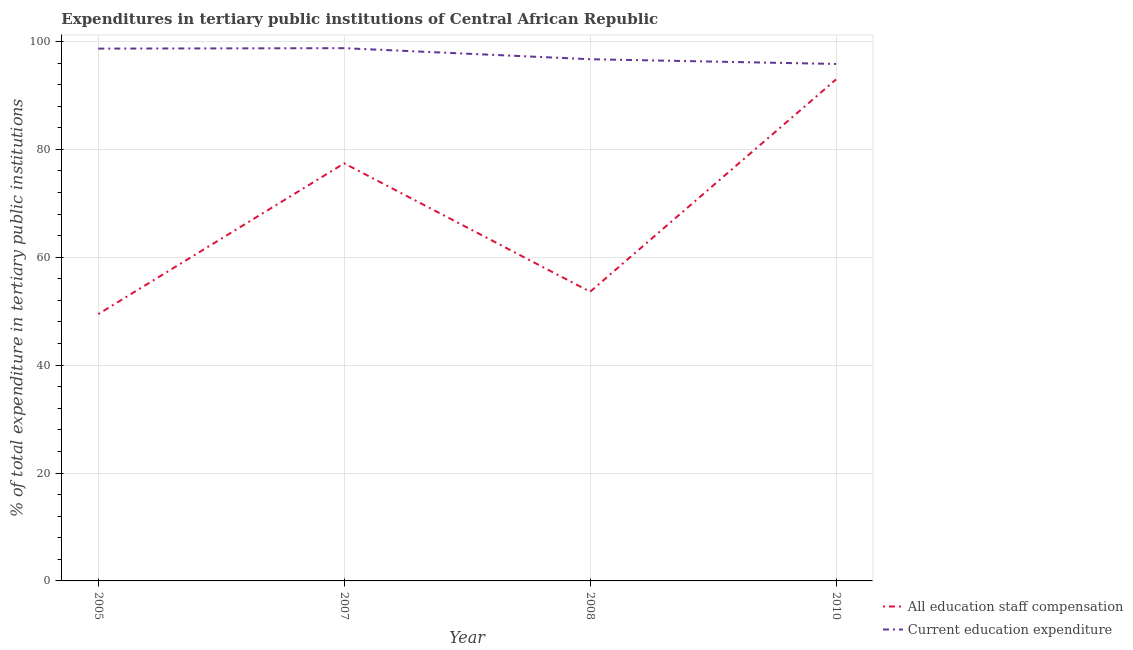
| Year | All education staff compensation | Current education expenditure |
 | --- | --- | --- |
 | 2005 | 49.5 | 98.7 |
 | 2007 | 77.4 | 98.8 |
 | 2008 | 53.6 | 96.7 |
 | 2010 | 93 | 95.8 |